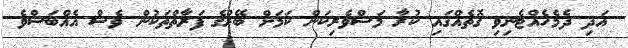
އަދި ދެމެހެއްޓެނިވި ގޮތެއްގައި ކުރާ މަސްވެރިކަން ކަމަށް ބޭރުގެ ފަރާތްތަކުން ވެސް އެއްބަސްވެ